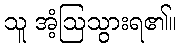
သူ အံ့ဩသွားရ၏။